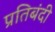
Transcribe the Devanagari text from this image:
प्रतिबंदी